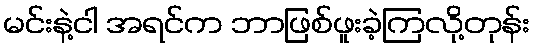
မင်းနဲ့ငါ အရင်က ဘာဖြစ်ဖူးခဲ့ကြလို့တုန်း